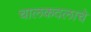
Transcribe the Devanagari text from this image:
चालकदलाचे